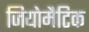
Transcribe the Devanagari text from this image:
जियोमैटिक